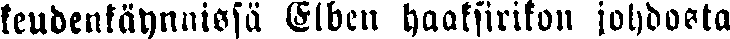
keudenkäynnissä Elben haaksirikon johdosta